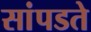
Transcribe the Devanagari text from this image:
सांपडते